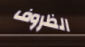
الظروف